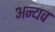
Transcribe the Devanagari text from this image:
अन्यव